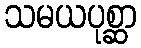
သမယပုစ္ဆာ